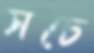
সচে